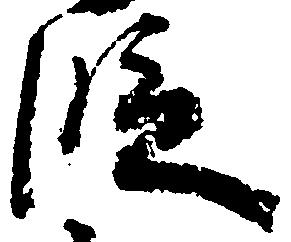
段